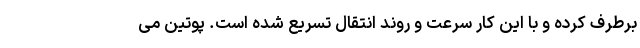
برطرف کرده و با این کار سرعت و روند انتقال تسریع شده است. پوتین می